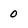
Character: 0